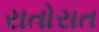
રાતોરાત